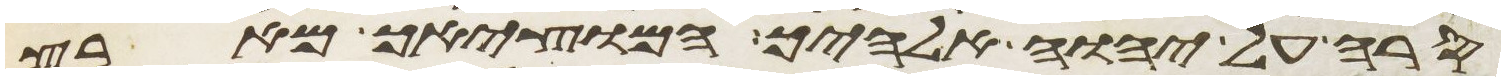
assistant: סרה על יהוה אלהיך המוציאך מארץ